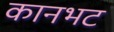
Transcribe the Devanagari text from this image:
कानभट